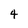
Character: 4